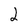
Character: 2